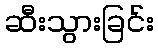
ဆီးသွားခြင်း